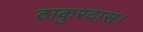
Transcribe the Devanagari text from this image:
ठाकुरदास।